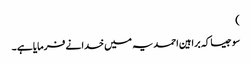
)
سو جیسا کہ براہین احمدیہ میں خدا نے فرمایا ہے ۔